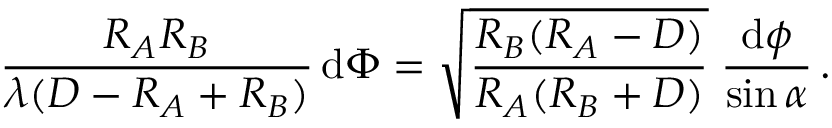
{ \frac { R _ { A } R _ { B } } { \lambda ( D - R _ { A } + R _ { B } ) } } \, \mathrm { d } \boldsymbol \Phi = \sqrt { \frac { R _ { B } ( R _ { A } - D ) } { R _ { A } ( R _ { B } + D ) } } \; { \frac { \mathrm { d } \boldsymbol \phi } { \sin \alpha } } \, .